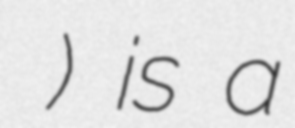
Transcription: ณ นนทชัย) is a